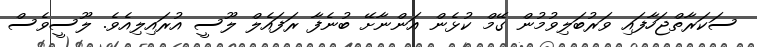
ސަކަރާތްޖަހާފައި ވަރުބަލިވުމުން ގޭމް ކުޅެން އަންނާށޭ ބުނެފާ ރަފައެލް ލޫސީ އުރައިލިއެވެ. ލޫސީވެސް